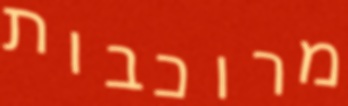
מרוכבות